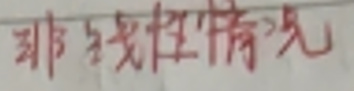
非線性情况